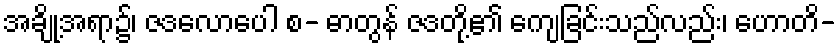
အချို့အရာ၌၊ ဇဒလောပေါ စ- ဓာတွန် ဇဒတို့၏ ကျေခြင်းသည်လည်း၊ ဟောတိ-